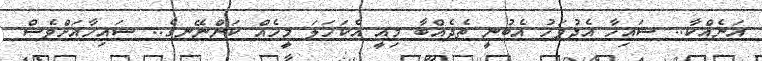
އަނެއްކާ.. ޝައިހާ އެދުވަހު އެބުނީ ތެދެއްބާ މިއީ އެކަހަލަ މީހެއް ކަންނޭނގެ.. ޝައިހާއަށްވެސް